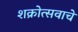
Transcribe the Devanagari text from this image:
शक्रोत्सवाचे